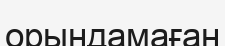
орындамаған